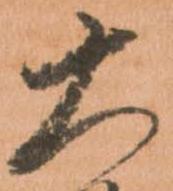
大